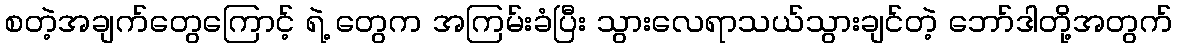
စတဲ့အချက်တွေကြောင့် ရဲ့ တွေက အကြမ်းခံပြီး သွားလေရာသယ်သွားချင်တဲ့ ဘော်ဒါတို့အတွက်